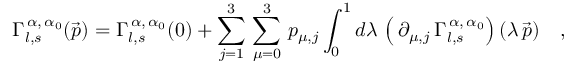
\Gamma _ { l , s } ^ { \, \alpha , \, \alpha _ { 0 } } ( \vec { p } ) = \Gamma _ { l , s } ^ { \, \alpha , \, \alpha _ { 0 } } ( 0 ) + \sum _ { j = 1 } ^ { 3 } \, \sum _ { \mu = 0 } ^ { 3 } \, p _ { \mu , j } \int _ { 0 } ^ { 1 } d \lambda \, \left( \, \partial _ { \mu , j } \, \Gamma _ { l , s } ^ { \, \alpha , \, \alpha _ { 0 } } \right) ( \lambda \, \vec { p } ) \quad ,